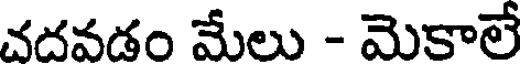
చదవడం మేలు - మెకాలే